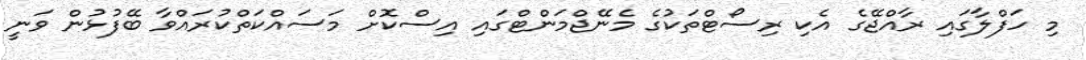
މި ހަފްލާގައި ރާއްޖޭގެ އެކި ރިސޯޓްތަކުގެ މެނޭޖްމަންޓްގައި އިސްކޮށް މަސައްކަތްކުރައްވާ ބޭފުޅުން ވަނީ